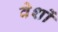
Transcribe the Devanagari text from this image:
वेशों